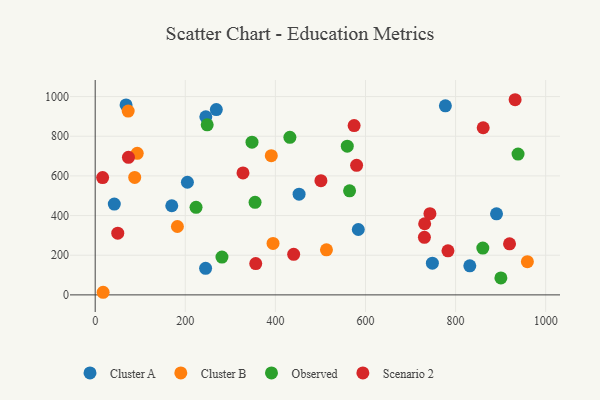
{"axis": {"x": "Study Hours", "y": "Exam Score"}, "legend": ["Cluster A", "Cluster B", "Observed", "Scenario 2"], "data": [{"x": "204.7", "y": 567.9, "type": "Cluster A"}, {"x": "831.6", "y": 146.5, "type": "Cluster A"}, {"x": "890.9", "y": 408.7, "type": "Cluster A"}, {"x": "245.1", "y": 134.2, "type": "Cluster A"}, {"x": "748.5", "y": 160.1, "type": "Cluster A"}, {"x": "268.9", "y": 934.6, "type": "Cluster A"}, {"x": "452.6", "y": 507.7, "type": "Cluster A"}, {"x": "777.4", "y": 953.1, "type": "Cluster A"}, {"x": "584.1", "y": 329.8, "type": "Cluster A"}, {"x": "245.6", "y": 897.9, "type": "Cluster A"}, {"x": "42.4", "y": 457.8, "type": "Cluster A"}, {"x": "170.0", "y": 449.5, "type": "Cluster A"}, {"x": "68.5", "y": 957.9, "type": "Cluster A"}, {"x": "390.9", "y": 701.8, "type": "Cluster B"}, {"x": "959.4", "y": 167.5, "type": "Cluster B"}, {"x": "93.3", "y": 714.0, "type": "Cluster B"}, {"x": "182.5", "y": 344.8, "type": "Cluster B"}, {"x": "394.8", "y": 259.7, "type": "Cluster B"}, {"x": "513.4", "y": 227.2, "type": "Cluster B"}, {"x": "73.2", "y": 926.8, "type": "Cluster B"}, {"x": "87.7", "y": 592.1, "type": "Cluster B"}, {"x": "17.6", "y": 13.2, "type": "Cluster B"}, {"x": "559.6", "y": 750.0, "type": "Observed"}, {"x": "860.5", "y": 236.1, "type": "Observed"}, {"x": "281.4", "y": 190.5, "type": "Observed"}, {"x": "223.9", "y": 441.4, "type": "Observed"}, {"x": "564.7", "y": 524.8, "type": "Observed"}, {"x": "248.6", "y": 857.5, "type": "Observed"}, {"x": "432.2", "y": 794.6, "type": "Observed"}, {"x": "354.9", "y": 467.0, "type": "Observed"}, {"x": "938.7", "y": 709.9, "type": "Observed"}, {"x": "900.6", "y": 85.8, "type": "Observed"}, {"x": "348.1", "y": 770.3, "type": "Observed"}, {"x": "731.4", "y": 358.8, "type": "Scenario 2"}, {"x": "743.1", "y": 409.5, "type": "Scenario 2"}, {"x": "16.5", "y": 591.7, "type": "Scenario 2"}, {"x": "356.4", "y": 157.9, "type": "Scenario 2"}, {"x": "580.3", "y": 653.1, "type": "Scenario 2"}, {"x": "932.2", "y": 984.1, "type": "Scenario 2"}, {"x": "574.8", "y": 853.6, "type": "Scenario 2"}, {"x": "328.1", "y": 615.1, "type": "Scenario 2"}, {"x": "919.8", "y": 257.4, "type": "Scenario 2"}, {"x": "440.6", "y": 204.4, "type": "Scenario 2"}, {"x": "73.8", "y": 693.6, "type": "Scenario 2"}, {"x": "861.3", "y": 842.9, "type": "Scenario 2"}, {"x": "730.8", "y": 290.4, "type": "Scenario 2"}, {"x": "50.1", "y": 311.2, "type": "Scenario 2"}, {"x": "783.1", "y": 222.3, "type": "Scenario 2"}, {"x": "501.1", "y": 576.1, "type": "Scenario 2"}]}